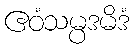
ဧဝံသမ္ပဒမိဒံ